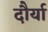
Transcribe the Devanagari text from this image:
दौर्या